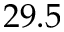
2 9 . 5